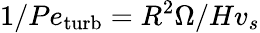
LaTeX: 1/Pe_{\mathrm{turb}}=R^{2}\Omega/Hv_{s}